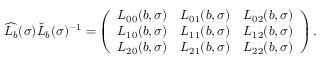
\widehat { L _ { b } } ( \sigma ) \check { L } _ { b } ( \sigma ) ^ { - 1 } = \left( \begin{array} { l l l } { L _ { 0 0 } ( b , \sigma ) } & { L _ { 0 1 } ( b , \sigma ) } & { L _ { 0 2 } ( b , \sigma ) } \\ { L _ { 1 0 } ( b , \sigma ) } & { L _ { 1 1 } ( b , \sigma ) } & { L _ { 1 2 } ( b , \sigma ) } \\ { L _ { 2 0 } ( b , \sigma ) } & { L _ { 2 1 } ( b , \sigma ) } & { L _ { 2 2 } ( b , \sigma ) } \end{array} \right) .